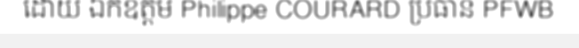
ដោយ ឯកឧត្តម Philippe COURARD ប្រធាន PFWB